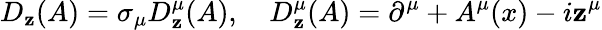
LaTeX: D_{\mathbf{z}}(A)=\sigma_{\mu}D_{\mathbf{z}}^{\mu}(A),~~~~D_{\mathbf{z}}^{\mu}(A)=\partial^{\mu}+A^{\mu}(x)-i\mathbf{z}^{\mu}